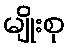
မျိုးစု